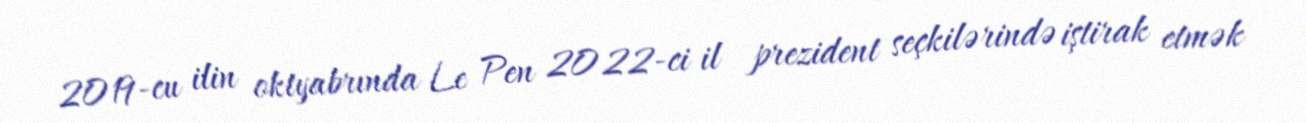
2019-cu ilin oktyabrında Le Pen 2022-ci il prezident seçkilərində iştirak etmək